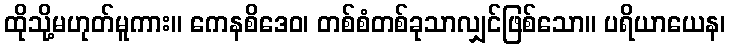
ထိုသို့မဟုတ်မူကား။ ကေနစိဒေဝ၊ တစ်စံတစ်ခုသာလျှင်ဖြစ်သော။ ပရိယာယေန၊